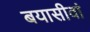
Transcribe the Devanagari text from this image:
बयासीवां